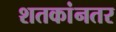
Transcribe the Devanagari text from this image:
शतकांनतर